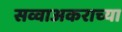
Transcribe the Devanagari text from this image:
सव्वाअकराच्या